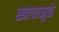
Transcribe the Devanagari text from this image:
स्त्रावामुळे